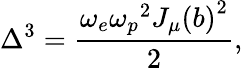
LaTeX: \Delta^{3}=\frac{\omega_{e}{\omega_{p}}^{2}{J_{\mu}(b)}^{2}}{2},